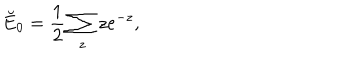
\breve { E } _ { 0 } = \frac 1 2 \sum _ { z } z e ^ { - z } ,